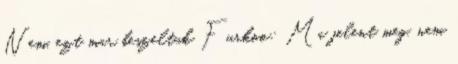
Nem, ezt mar beszeltuk Furkoo: Ma jelent meg, nem